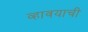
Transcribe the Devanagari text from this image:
व्हावयाची